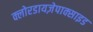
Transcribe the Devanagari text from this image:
क्लोरडायज़ेपाक्साइड